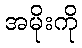
အမိုးကို